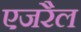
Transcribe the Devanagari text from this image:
एजरैल